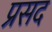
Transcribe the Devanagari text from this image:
प्रसद